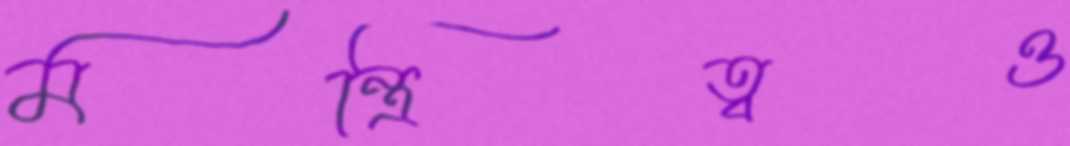
মন্ত্রিত্বও